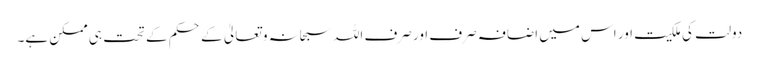
دولت کی ملکیت اور اس میں اضافہ صرف اور صرف اللہ سبحانہ و تعالیٰ کے حکم کے تحت ہی ممکن ہے۔